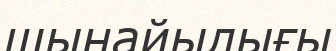
шынайылығы